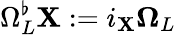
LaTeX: \Omega_{L}^{\flat}\mathbf{X}:=i_{\mathbf{X}}\mathbf{\Omega}_{L}